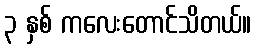
၃ နှစ် ကလေးတောင်သိတယ်။